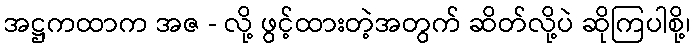
အဋ္ဌကထာက အဇ - လို့ ဖွင့်ထားတဲ့အတွက် ဆိတ်လို့ပဲ ဆိုကြပါစို့၊